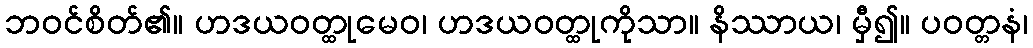
ဘဝင်စိတ်၏။ ဟဒယဝတ္ထုမေဝ၊ ဟဒယဝတ္ထုကိုသာ။ နိဿာယ၊ မှီ၍။ ပဝတ္တနံ၊